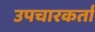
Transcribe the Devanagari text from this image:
उपचारकर्ता